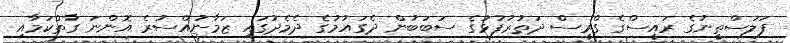
ފަލަސްތީނުގެ ރައީސްގެ ގްރީސް ދަތުރުފުޅުގެ ސަބަބުން ދެގައުމުގެ ދެމެދުގައި ޒަމާނުއްސުރެ އޮންނަ ގާތްކަމާއި